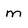
Character: m